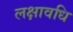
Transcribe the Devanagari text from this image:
लक्षावधि